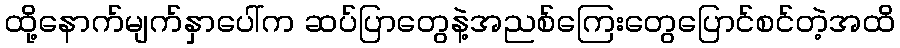
ထို့နောက်မျက်နှာပေါ်က ဆပ်ပြာတွေနဲ့အညစ်ကြေးတွေပြောင်စင်တဲ့အထိ